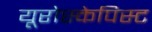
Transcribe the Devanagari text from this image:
यूरोस्केपिस्ट